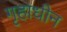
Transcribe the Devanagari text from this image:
गृहाधीन